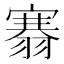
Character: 𮋐